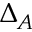
\Delta _ { A }